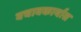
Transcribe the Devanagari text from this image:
बचावकार्यास